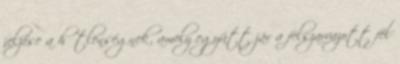
jelzése a hűtlenségnek, amely együtt jár a felszarvazott fél